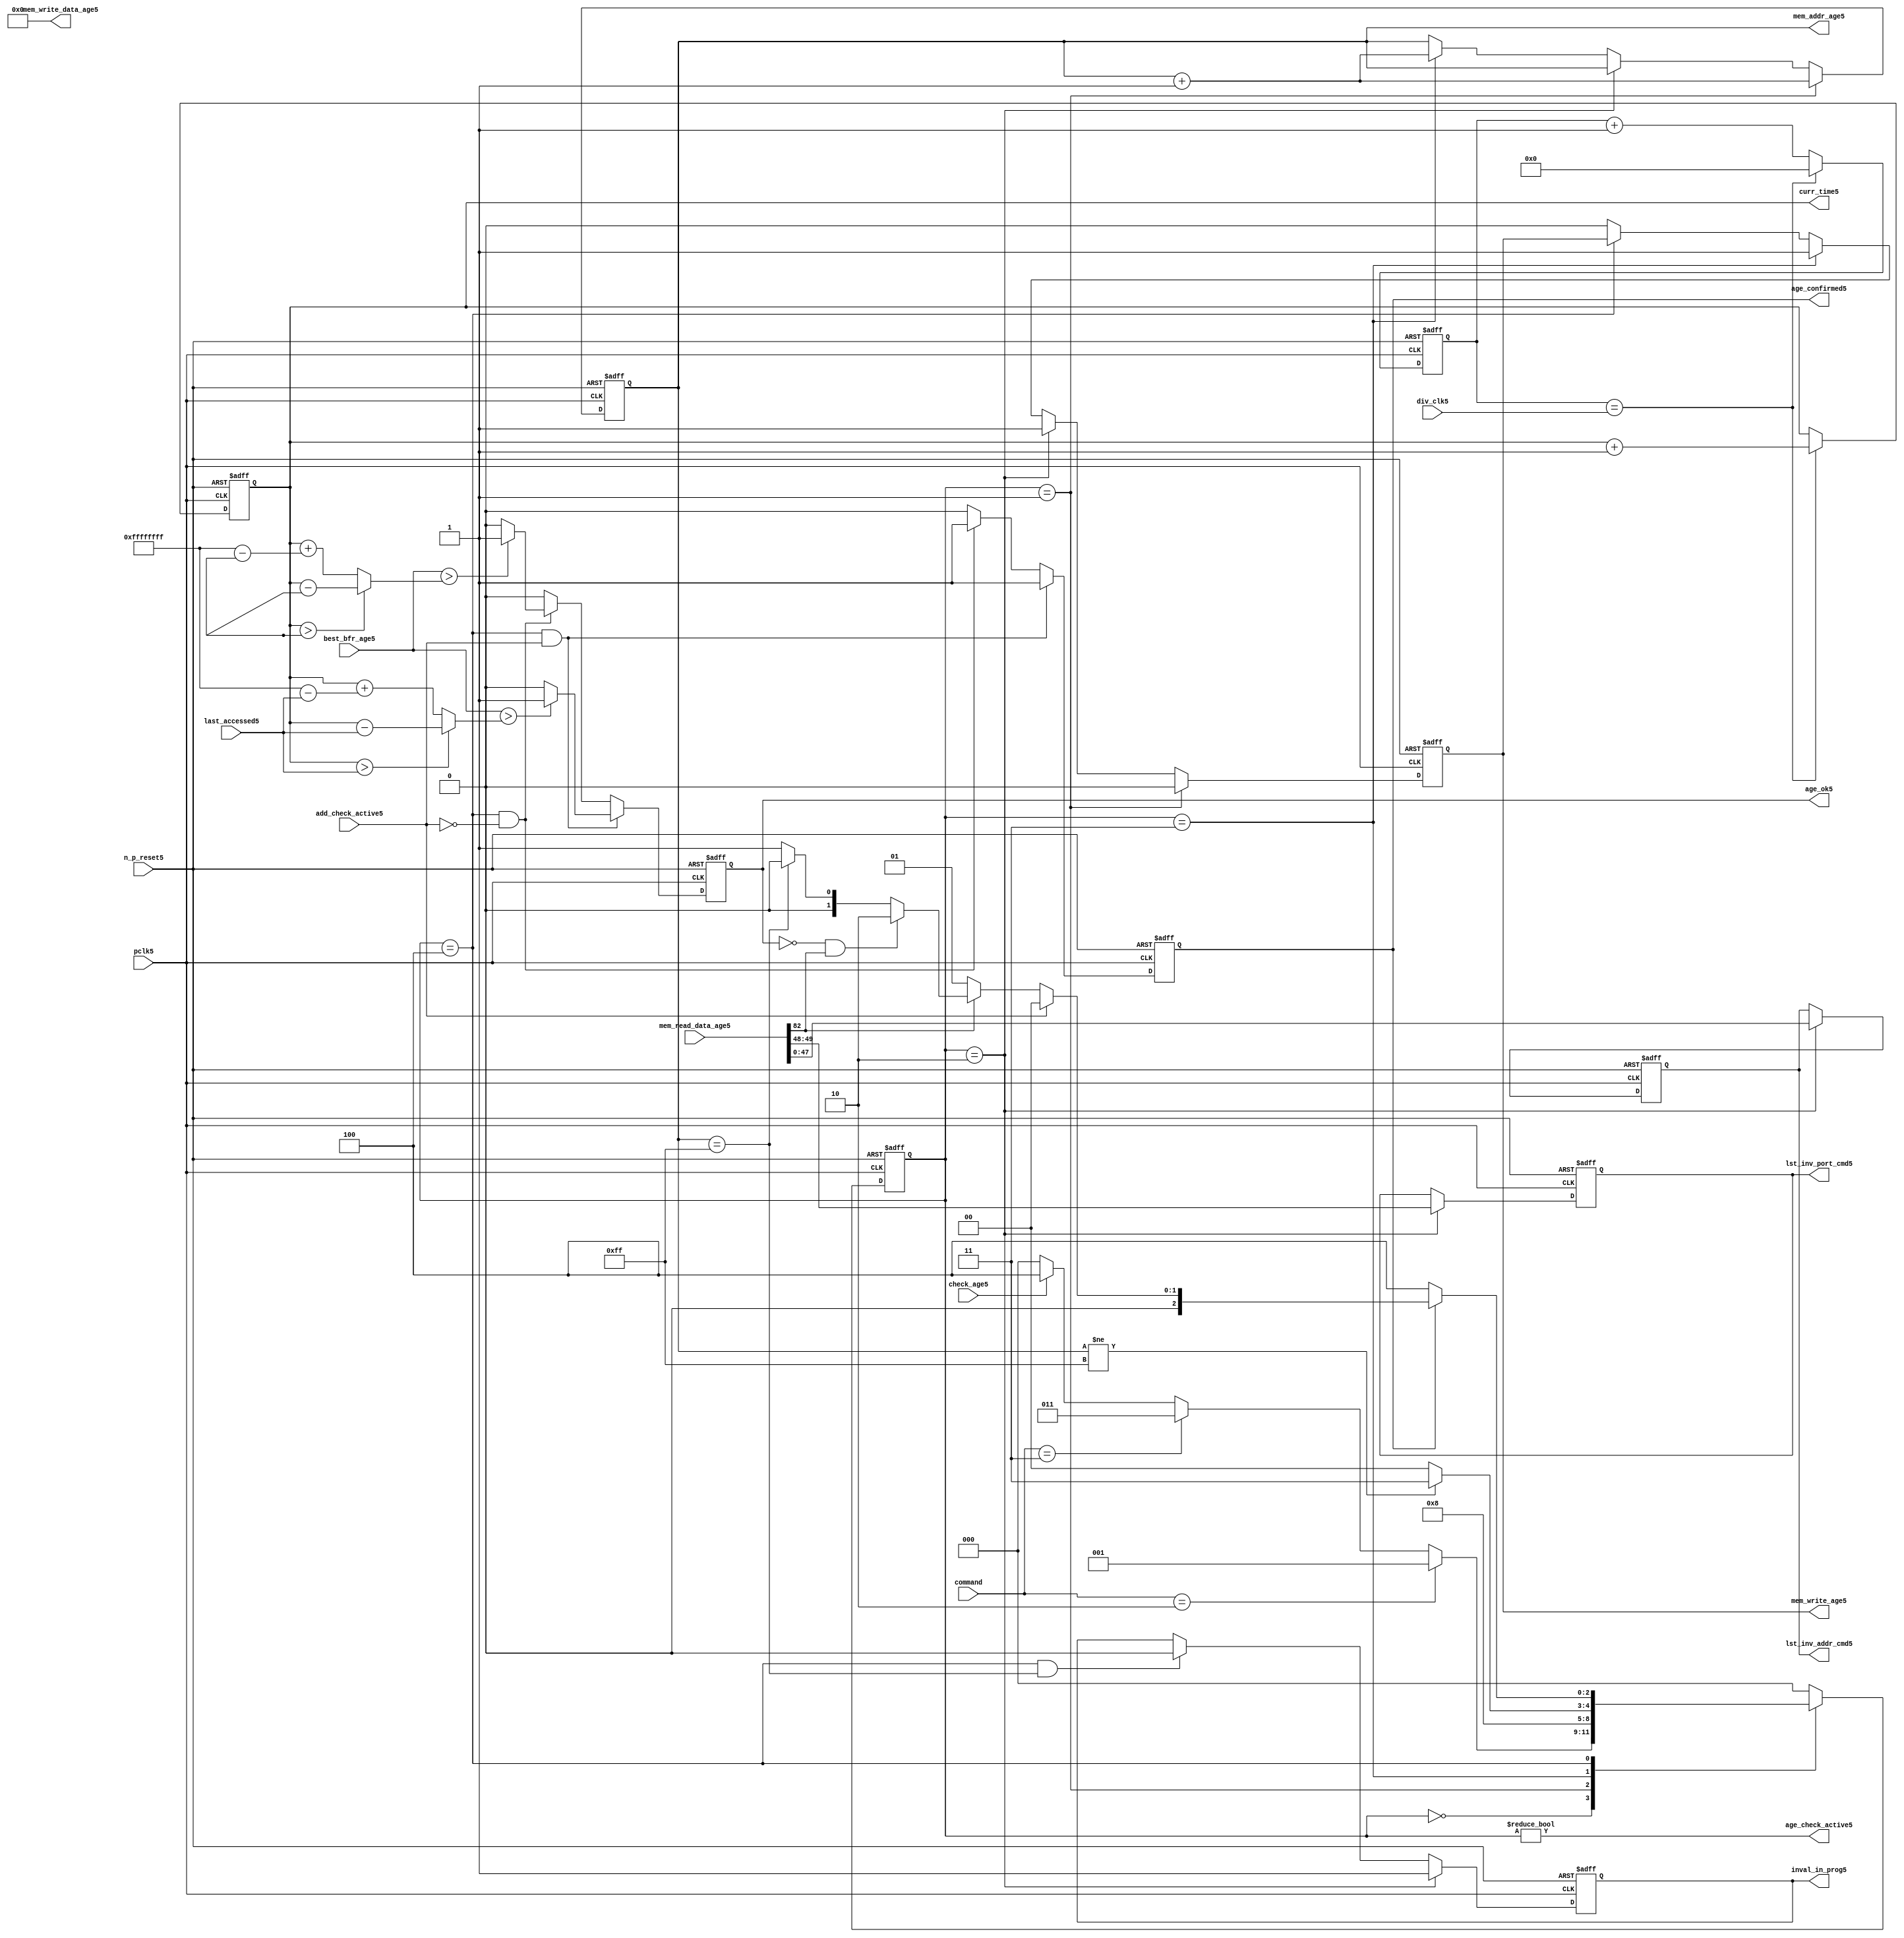
//File5 name   : alut_age_checker5.v
//Title5       : 
//Created5     : 1999
//Description5 : 
//Notes5       : 
//----------------------------------------------------------------------
//   Copyright5 1999-2010 Cadence5 Design5 Systems5, Inc5.
//   All Rights5 Reserved5 Worldwide5
//
//   Licensed5 under the Apache5 License5, Version5 2.0 (the
//   "License5"); you may not use this file except5 in
//   compliance5 with the License5.  You may obtain5 a copy of
//   the License5 at
//
//       http5://www5.apache5.org5/licenses5/LICENSE5-2.0
//
//   Unless5 required5 by applicable5 law5 or agreed5 to in
//   writing, software5 distributed5 under the License5 is
//   distributed5 on an "AS5 IS5" BASIS5, WITHOUT5 WARRANTIES5 OR5
//   CONDITIONS5 OF5 ANY5 KIND5, either5 express5 or implied5.  See
//   the License5 for the specific5 language5 governing5
//   permissions5 and limitations5 under the License5.
//----------------------------------------------------------------------

module alut_age_checker5
(   
   // Inputs5
   pclk5,
   n_p_reset5,
   command,          
   div_clk5,          
   mem_read_data_age5,
   check_age5,        
   last_accessed5, 
   best_bfr_age5,   
   add_check_active5,

   // outputs5
   curr_time5,         
   mem_addr_age5,      
   mem_write_age5,     
   mem_write_data_age5,
   lst_inv_addr_cmd5,    
   lst_inv_port_cmd5,  
   age_confirmed5,     
   age_ok5,
   inval_in_prog5,  
   age_check_active5          
);   

   input               pclk5;               // APB5 clock5                           
   input               n_p_reset5;          // Reset5                               
   input [1:0]         command;            // command bus                        
   input [7:0]         div_clk5;            // clock5 divider5 value
   input [82:0]        mem_read_data_age5;  // read data from memory             
   input               check_age5;          // request flag5 for age5 check
   input [31:0]        last_accessed5;      // time field sent5 for age5 check
   input [31:0]        best_bfr_age5;       // best5 before age5
   input               add_check_active5;   // active flag5 from address checker

   output [31:0]       curr_time5;          // current time,for storing5 in mem    
   output [7:0]        mem_addr_age5;       // address for R/W5 to memory     
   output              mem_write_age5;      // R/W5 flag5 (write = high5)            
   output [82:0]       mem_write_data_age5; // write data for memory             
   output [47:0]       lst_inv_addr_cmd5;   // last invalidated5 addr normal5 op    
   output [1:0]        lst_inv_port_cmd5;   // last invalidated5 port normal5 op    
   output              age_confirmed5;      // validates5 age_ok5 result 
   output              age_ok5;             // age5 checker result - set means5 in-date5
   output              inval_in_prog5;      // invalidation5 in progress5
   output              age_check_active5;   // bit 0 of status register           

   reg  [2:0]          age_chk_state5;      // age5 checker FSM5 current state
   reg  [2:0]          nxt_age_chk_state5;  // age5 checker FSM5 next state
   reg  [7:0]          mem_addr_age5;     
   reg                 mem_write_age5;    
   reg                 inval_in_prog5;      // invalidation5 in progress5
   reg  [7:0]          clk_div_cnt5;        // clock5 divider5 counter
   reg  [31:0]         curr_time5;          // current time,for storing5 in mem  
   reg                 age_confirmed5;      // validates5 age_ok5 result 
   reg                 age_ok5;             // age5 checker result - set means5 in-date5
   reg [47:0]          lst_inv_addr_cmd5;   // last invalidated5 addr normal5 op    
   reg [1:0]           lst_inv_port_cmd5;   // last invalidated5 port normal5 op    

   wire  [82:0]        mem_write_data_age5;
   wire  [31:0]        last_accessed_age5;  // read back time by age5 checker
   wire  [31:0]        time_since_lst_acc_age5;  // time since5 last accessed age5
   wire  [31:0]        time_since_lst_acc5; // time since5 last accessed address
   wire                age_check_active5;   // bit 0 of status register           

// Parameters5 for Address Checking5 FSM5 states5
   parameter idle5           = 3'b000;
   parameter inval_aged_rd5  = 3'b001;
   parameter inval_aged_wr5  = 3'b010;
   parameter inval_all5      = 3'b011;
   parameter age_chk5        = 3'b100;

   parameter max_addr       = 8'hff;
   parameter max_cnt5        = 32'hffff_ffff;

// -----------------------------------------------------------------------------
//   Generate5 current time counter
// -----------------------------------------------------------------------------
always @ (posedge pclk5 or negedge n_p_reset5)
   begin
   if (~n_p_reset5)
      clk_div_cnt5 <= 8'd0;
   else if (clk_div_cnt5 == div_clk5)
      clk_div_cnt5 <= 8'd0; 
   else 
      clk_div_cnt5 <= clk_div_cnt5 + 1'd1;
   end


always @ (posedge pclk5 or negedge n_p_reset5)
   begin
   if (~n_p_reset5)
      curr_time5 <= 32'd0;
   else if (clk_div_cnt5 == div_clk5)
      curr_time5 <= curr_time5 + 1'd1;
   end


// -----------------------------------------------------------------------------
//   Age5 checker State5 Machine5 
// -----------------------------------------------------------------------------
always @ (command or check_age5 or age_chk_state5 or age_confirmed5 or age_ok5 or
          mem_addr_age5 or mem_read_data_age5[82])
   begin
      case (age_chk_state5)
      
      idle5:
         if (command == 2'b10)
            nxt_age_chk_state5 = inval_aged_rd5;
         else if (command == 2'b11)
            nxt_age_chk_state5 = inval_all5;
         else if (check_age5)
            nxt_age_chk_state5 = age_chk5;
         else
            nxt_age_chk_state5 = idle5;

      inval_aged_rd5:
            nxt_age_chk_state5 = age_chk5;

      inval_aged_wr5:
            nxt_age_chk_state5 = idle5;

      inval_all5:
         if (mem_addr_age5 != max_addr)
            nxt_age_chk_state5 = inval_all5;  // move5 onto5 next address
         else
            nxt_age_chk_state5 = idle5;

      age_chk5:
         if (age_confirmed5)
            begin
            if (add_check_active5)                     // age5 check for addr chkr5
               nxt_age_chk_state5 = idle5;
            else if (~mem_read_data_age5[82])      // invalid, check next location5
               nxt_age_chk_state5 = inval_aged_rd5; 
            else if (~age_ok5 & mem_read_data_age5[82]) // out of date5, clear 
               nxt_age_chk_state5 = inval_aged_wr5;
            else if (mem_addr_age5 == max_addr)    // full check completed
               nxt_age_chk_state5 = idle5;     
            else 
               nxt_age_chk_state5 = inval_aged_rd5; // age5 ok, check next location5 
            end       
         else
            nxt_age_chk_state5 = age_chk5;

      default:
            nxt_age_chk_state5 = idle5;
      endcase
   end



always @ (posedge pclk5 or negedge n_p_reset5)
   begin
   if (~n_p_reset5)
      age_chk_state5 <= idle5;
   else
      age_chk_state5 <= nxt_age_chk_state5;
   end


// -----------------------------------------------------------------------------
//   Generate5 memory RW bus for accessing array when requested5 to invalidate5 all
//   aged5 addresses5 and all addresses5.
// -----------------------------------------------------------------------------
always @ (posedge pclk5 or negedge n_p_reset5)
   begin
   if (~n_p_reset5)
   begin
      mem_addr_age5 <= 8'd0;     
      mem_write_age5 <= 1'd0;    
   end
   else if (age_chk_state5 == inval_aged_rd5)  // invalidate5 aged5 read
   begin
      mem_addr_age5 <= mem_addr_age5 + 1'd1;     
      mem_write_age5 <= 1'd0;    
   end
   else if (age_chk_state5 == inval_aged_wr5)  // invalidate5 aged5 read
   begin
      mem_addr_age5 <= mem_addr_age5;     
      mem_write_age5 <= 1'd1;    
   end
   else if (age_chk_state5 == inval_all5)  // invalidate5 all
   begin
      mem_addr_age5 <= mem_addr_age5 + 1'd1;     
      mem_write_age5 <= 1'd1;    
   end
   else if (age_chk_state5 == age_chk5)
   begin
      mem_addr_age5 <= mem_addr_age5;     
      mem_write_age5 <= mem_write_age5;    
   end
   else 
   begin
      mem_addr_age5 <= mem_addr_age5;     
      mem_write_age5 <= 1'd0;    
   end
   end

// age5 checker will only ever5 write zero values to ALUT5 mem
assign mem_write_data_age5 = 83'd0;



// -----------------------------------------------------------------------------
//   Generate5 invalidate5 in progress5 flag5 (bit 1 of status register)
// -----------------------------------------------------------------------------
always @ (posedge pclk5 or negedge n_p_reset5)
   begin
   if (~n_p_reset5)
      inval_in_prog5 <= 1'd0;
   else if (age_chk_state5 == inval_aged_wr5) 
      inval_in_prog5 <= 1'd1;
   else if ((age_chk_state5 == age_chk5) & (mem_addr_age5 == max_addr))
      inval_in_prog5 <= 1'd0;
   else
      inval_in_prog5 <= inval_in_prog5;
   end


// -----------------------------------------------------------------------------
//   Calculate5 whether5 data is still in date5.  Need5 to work5 out the real time
//   gap5 between current time and last accessed.  If5 this gap5 is greater than
//   the best5 before age5, then5 the data is out of date5. 
// -----------------------------------------------------------------------------
assign time_since_lst_acc5 = (curr_time5 > last_accessed5) ? 
                            (curr_time5 - last_accessed5) :  // no cnt wrapping5
                            (curr_time5 + (max_cnt5 - last_accessed5));

assign time_since_lst_acc_age5 = (curr_time5 > last_accessed_age5) ? 
                                (curr_time5 - last_accessed_age5) : // no wrapping5
                                (curr_time5 + (max_cnt5 - last_accessed_age5));


always @ (posedge pclk5 or negedge n_p_reset5)
   begin
   if (~n_p_reset5)
      begin
      age_ok5 <= 1'b0;
      age_confirmed5 <= 1'b0;
      end
   else if ((age_chk_state5 == age_chk5) & add_check_active5) 
      begin                                       // age5 checking for addr chkr5
      if (best_bfr_age5 > time_since_lst_acc5)      // still in date5
         begin
         age_ok5 <= 1'b1;
         age_confirmed5 <= 1'b1;
         end
      else   // out of date5
         begin
         age_ok5 <= 1'b0;
         age_confirmed5 <= 1'b1;
         end
      end
   else if ((age_chk_state5 == age_chk5) & ~add_check_active5)
      begin                                      // age5 checking for inval5 aged5
      if (best_bfr_age5 > time_since_lst_acc_age5) // still in date5
         begin
         age_ok5 <= 1'b1;
         age_confirmed5 <= 1'b1;
         end
      else   // out of date5
         begin
         age_ok5 <= 1'b0;
         age_confirmed5 <= 1'b1;
         end
      end
   else
      begin
      age_ok5 <= 1'b0;
      age_confirmed5 <= 1'b0;
      end
   end



// -----------------------------------------------------------------------------
//   Generate5 last address and port that was cleared5 in the invalid aged5 process
// -----------------------------------------------------------------------------
always @ (posedge pclk5 or negedge n_p_reset5)
   begin
   if (~n_p_reset5)
      begin
      lst_inv_addr_cmd5 <= 48'd0;
      lst_inv_port_cmd5 <= 2'd0;
      end
   else if (age_chk_state5 == inval_aged_wr5)
      begin
      lst_inv_addr_cmd5 <= mem_read_data_age5[47:0];
      lst_inv_port_cmd5 <= mem_read_data_age5[49:48];
      end
   else 
      begin
      lst_inv_addr_cmd5 <= lst_inv_addr_cmd5;
      lst_inv_port_cmd5 <= lst_inv_port_cmd5;
      end
   end


// -----------------------------------------------------------------------------
//   Set active bit of status, decoded5 off5 age_chk_state5
// -----------------------------------------------------------------------------
assign age_check_active5 = (age_chk_state5 != 3'b000);

endmodule